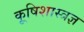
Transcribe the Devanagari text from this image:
कृ्षिशास्त्रज्ञ